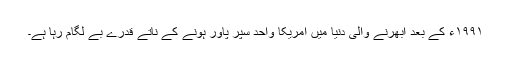
۱۹۹۱ء کے بعد ابھرنے والی دنیا میں امریکا واحد سپر پاور ہونے کے ناتے قدرے بے لگام رہا ہے۔